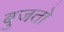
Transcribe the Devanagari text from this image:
बुजतो